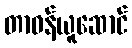
တာဝန်ယူဆောင်